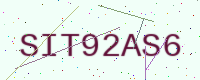
Text: SIT92AS6